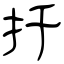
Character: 扦